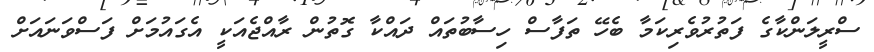
ސްރީލަންކާގެ ފަތުރުވެރިކަމާ ބެހޭ ތަފާސް ހިސާބުތައް ދައްކާ ގޮތުން ރާއްޖެއަކީ އެގައުމަށް ފަސްވަނައަށް